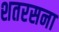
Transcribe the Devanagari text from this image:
शतरसना